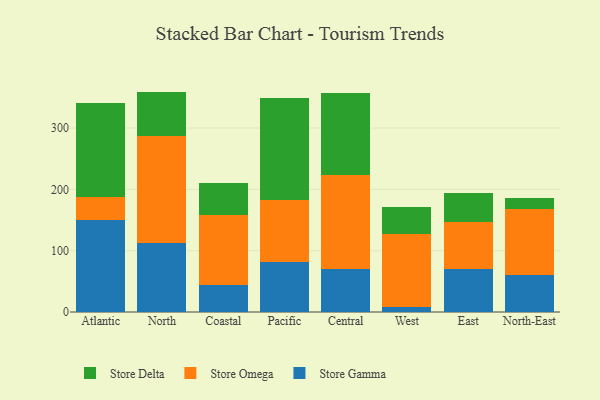
{"axis": {"x": "Region", "y": "Net Income (USD K)"}, "legend": ["Store Delta", "Store Gamma", "Store Omega"], "data": [{"x": "Atlantic", "y": 149.6, "type": "Store Gamma"}, {"x": "Atlantic", "y": 38.4, "type": "Store Omega"}, {"x": "Atlantic", "y": 152.1, "type": "Store Delta"}, {"x": "North", "y": 112.3, "type": "Store Gamma"}, {"x": "North", "y": 175.3, "type": "Store Omega"}, {"x": "North", "y": 71.8, "type": "Store Delta"}, {"x": "Coastal", "y": 44.1, "type": "Store Gamma"}, {"x": "Coastal", "y": 114.5, "type": "Store Omega"}, {"x": "Coastal", "y": 52.3, "type": "Store Delta"}, {"x": "Pacific", "y": 81.9, "type": "Store Gamma"}, {"x": "Pacific", "y": 101.1, "type": "Store Omega"}, {"x": "Pacific", "y": 165.9, "type": "Store Delta"}, {"x": "Central", "y": 70.0, "type": "Store Gamma"}, {"x": "Central", "y": 154.0, "type": "Store Omega"}, {"x": "Central", "y": 133.1, "type": "Store Delta"}, {"x": "West", "y": 8.9, "type": "Store Gamma"}, {"x": "West", "y": 117.5, "type": "Store Omega"}, {"x": "West", "y": 44.2, "type": "Store Delta"}, {"x": "East", "y": 70.6, "type": "Store Gamma"}, {"x": "East", "y": 75.6, "type": "Store Omega"}, {"x": "East", "y": 47.2, "type": "Store Delta"}, {"x": "North-East", "y": 60.6, "type": "Store Gamma"}, {"x": "North-East", "y": 106.7, "type": "Store Omega"}, {"x": "North-East", "y": 19.2, "type": "Store Delta"}]}